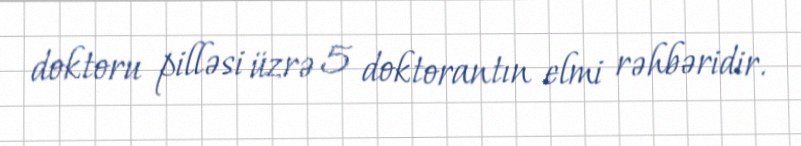
doktoru pilləsi üzrə 5 doktorantın elmi rəhbəridir.